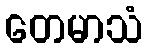
တေမာသံ